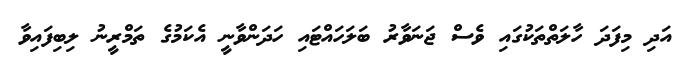
އަދި މިފަދަ ހާލަތްތަކުގައި ވެސް ޖަނަވާރު ބަލަހައްޓައި ހަދަންވާނީ އެކަމުގެ ތަމްރީނު ލިބިފައިވާ